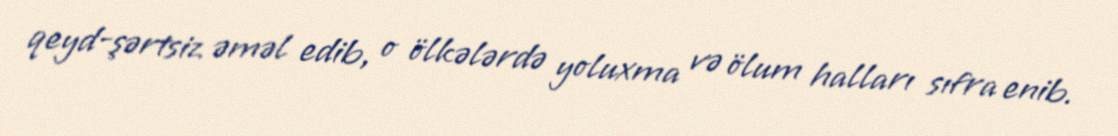
qeyd-şərtsiz əməl edib, o ölkələrdə yoluxma və ölum halları sıfra enib.